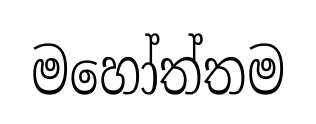
මහෝත්තම